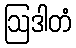
ဩဒါတံ